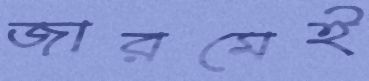
জারমেই